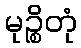
မုဉ္စိတုံ